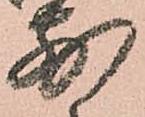
前